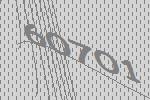
60701